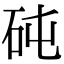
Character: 砘